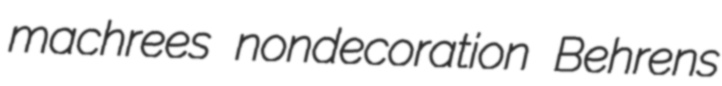
machrees nondecoration Behrens